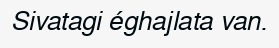
Sivatagi éghajlata van.